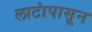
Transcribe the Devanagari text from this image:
लाटांपासून